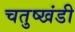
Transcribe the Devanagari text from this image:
चतुष्खंडी